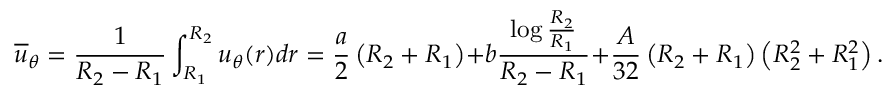
\overline { { u } } _ { \theta } = \frac { 1 } { R _ { 2 } - R _ { 1 } } \int _ { R _ { 1 } } ^ { R _ { 2 } } u _ { \theta } ( r ) d r = \frac { a } { 2 } \left( R _ { 2 } + R _ { 1 } \right) + b \frac { \log { \frac { R _ { 2 } } { R _ { 1 } } } } { R _ { 2 } - R _ { 1 } } + \frac { A } { 3 2 } \left( R _ { 2 } + R _ { 1 } \right) \left( R _ { 2 } ^ { 2 } + R _ { 1 } ^ { 2 } \right) .